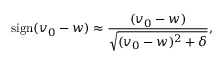
\mathrm { s i g n } ( v _ { 0 } - w ) \approx \frac { ( v _ { 0 } - w ) } { \sqrt { ( v _ { 0 } - w ) ^ { 2 } + \delta } } ,